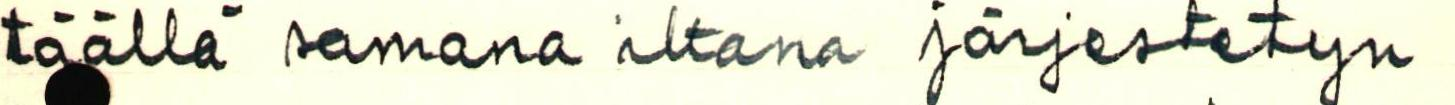
täällä samana iltana järjestetyn